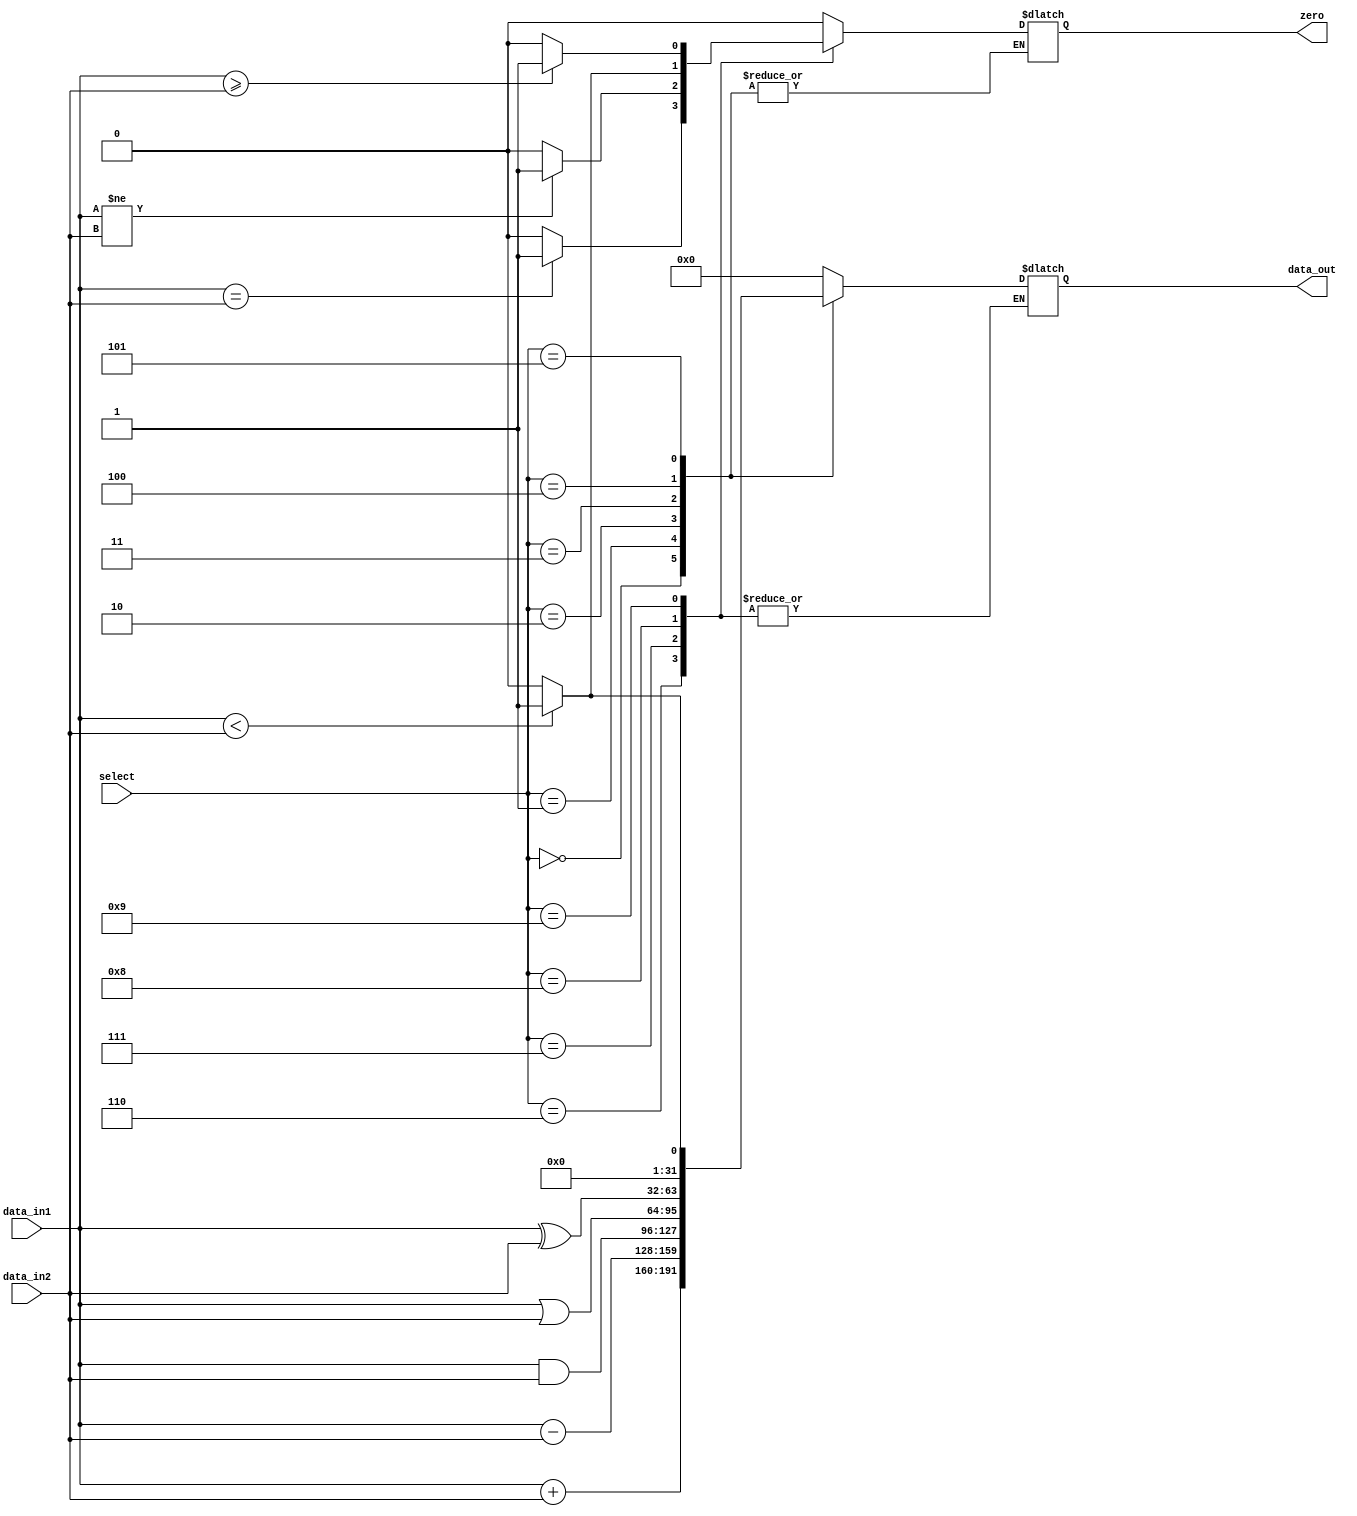
module ALU (
    input signed [31:0] data_in1, data_in2,
    input [3:0] select,
    output reg signed [31:0] data_out,
    output reg zero
);

parameter [3:0] ADD = 0, SUB = 1, AND = 2, OR = 3, XOR = 4, SLT = 5, beq = 6, bne = 7, blt = 8, bge = 9;
initial begin
    zero = 1'b0;
end
always @(*) begin
    case (select)
        ADD: data_out = data_in1 + data_in2;
        SUB: data_out = data_in1 - data_in2;
        AND: data_out = data_in1 & data_in2;
        OR: data_out = data_in1 | data_in2;
        XOR: data_out = data_in1 ^ data_in2;
        SLT: data_out = (data_in1 < data_in2) ? 32'b1 : 32'b0;

        beq: zero = (data_in1 == data_in2) ? 1'b1 : 1'b0; 
        bne: zero = (data_in1 != data_in2) ? 1'b1 : 1'b0;
        blt: zero = (data_in1 < data_in2) ? 1'b1 : 1'b0; 
        bge: zero = (data_in1 >= data_in2) ? 1'b1 : 1'b0; 

        default: begin
            zero = 1'b0;
            data_out = 32'b0;
        end
    endcase
end
    
endmodule